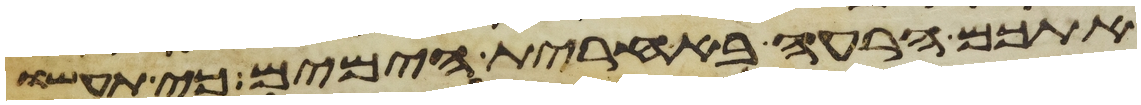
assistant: אתכם הרעה באחרית הימים כי תעשו